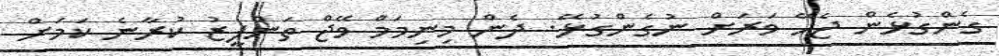
ގެންގުޅެން ޖެހޭ ވަރަށް ނުގެންގުޅޭ. ދެން މިނިމަމް ވޭޖް ތަންފީޒު ކުރާނެ ކަމަށް